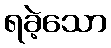
ရခဲ့သော